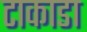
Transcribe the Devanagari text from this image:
टाकाडा